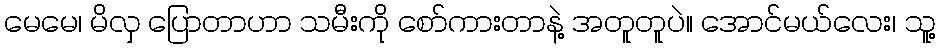
မေမေ၊ မိလှ ပြောတာဟာ သမီးကို စော်ကားတာနဲ့ အတူတူပဲ။ အောင်မယ်လေး၊ သူ့